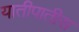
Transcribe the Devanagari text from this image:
यातीपातीस